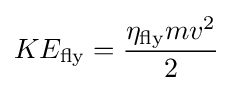
KE_{\text{fly}}={\frac {\eta _{\text{fly}}mv^{2}}{2}}